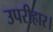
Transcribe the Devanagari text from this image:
उपरीहार।